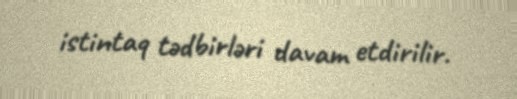
istintaq tədbirləri davam etdirilir.